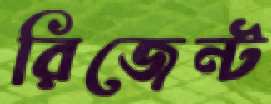
রিজেন্ট